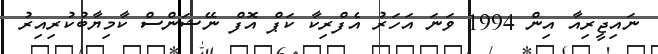
ނައިޖީރިއާ އިން 1994 ވަނަ އަހަރު އެފްރިކާ ކަޕް އޮފް ނޭޝަންސް ކާމިޔާބުކުރިއިރު